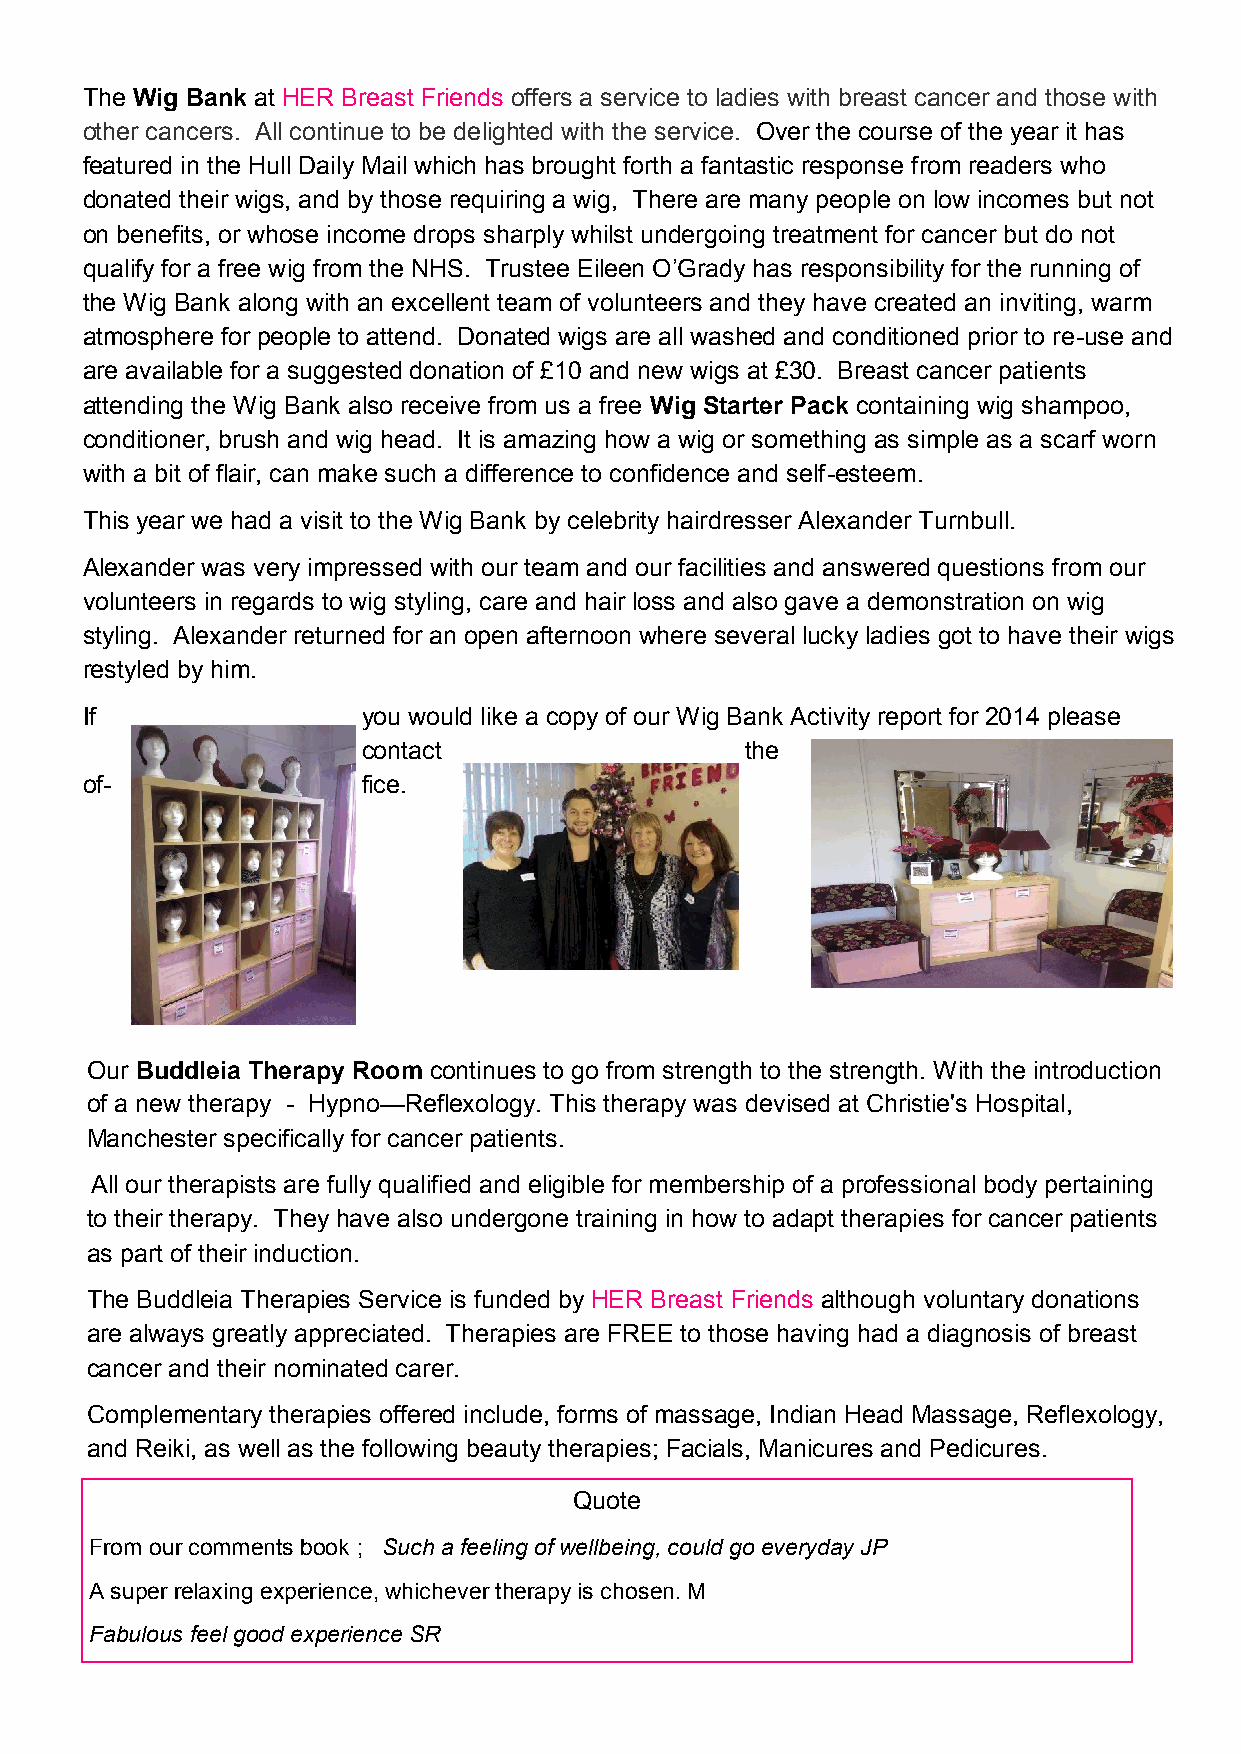
The Wig Bank at HER Breast Friends offers a service to ladies with breast cancer and those with
 other cancers. All continue to be delighted with the service. Over the course of the year it has
 featured in the Hull Daily Mail which has brought forth a fantastic response from readers who
 donated their wigs, and by those requiring a wig, There are many people on low incomes but not
 on benefits, or whose income drops sharply whilst undergoing treatment for cancer but do not
 qualify for a free wig from the NHS. Trustee Eileen O’Grady has responsibility for the running of
 the Wig Bank along with an excellent team of volunteers and they have created an inviting, warm
 atmosphere for people to attend. Donated wigs are all washed and conditioned prior to re-use and
 are available for a suggested donation of £10 and new wigs at £30. Breast cancer patients
 attending the Wig Bank also receive from us a free Wig Starter Pack containing wig shampoo,
 conditioner, brush and wig head. It is amazing how a wig or something as simple as a scarf worn
 with a bit of flair, can make such a difference to confidence and self-esteem.
 This year we had a visit to the Wig Bank by celebrity hairdresser Alexander Turnbull.
 Alexander was very impressed with our team and our facilities and answered questions from our
 volunteers in regards to wig styling, care and hair loss and also gave a demonstration on wig
 styling. Alexander returned for an open afternoon where several lucky ladies got to have their wigs
 restyled by him.
 If                 you would like a copy of our Wig Bank Activity report for 2014 please
 contact                  the
 of-                fice.
 Our Buddleia Therapy Room continues to go from strength to the strength. With the introduction
 of a new therapy - Hypno—Reflexology. This therapy was devised at Christie's Hospital,
 Manchester specifically for cancer patients.
 All our therapists are fully qualified and eligible for membership of a professional body pertaining
 to their therapy. They have also undergone training in how to adapt therapies for cancer patients
 as part of their induction.
 The Buddleia Therapies Service is funded by HER Breast Friends although voluntary donations
 are always greatly appreciated. Therapies are FREE to those having had a diagnosis of breast
 cancer and their nominated carer.
 Complementary therapies offered include, forms of massage, Indian Head Massage, Reflexology,
 and Reiki, as well as the following beauty therapies; Facials, Manicures and Pedicures.
 Quote
 From our comments book ; Such a feeling of wellbeing, could go everyday JP
 A super relaxing experience, whichever therapy is chosen. M
 Fabulous feel good experience SR